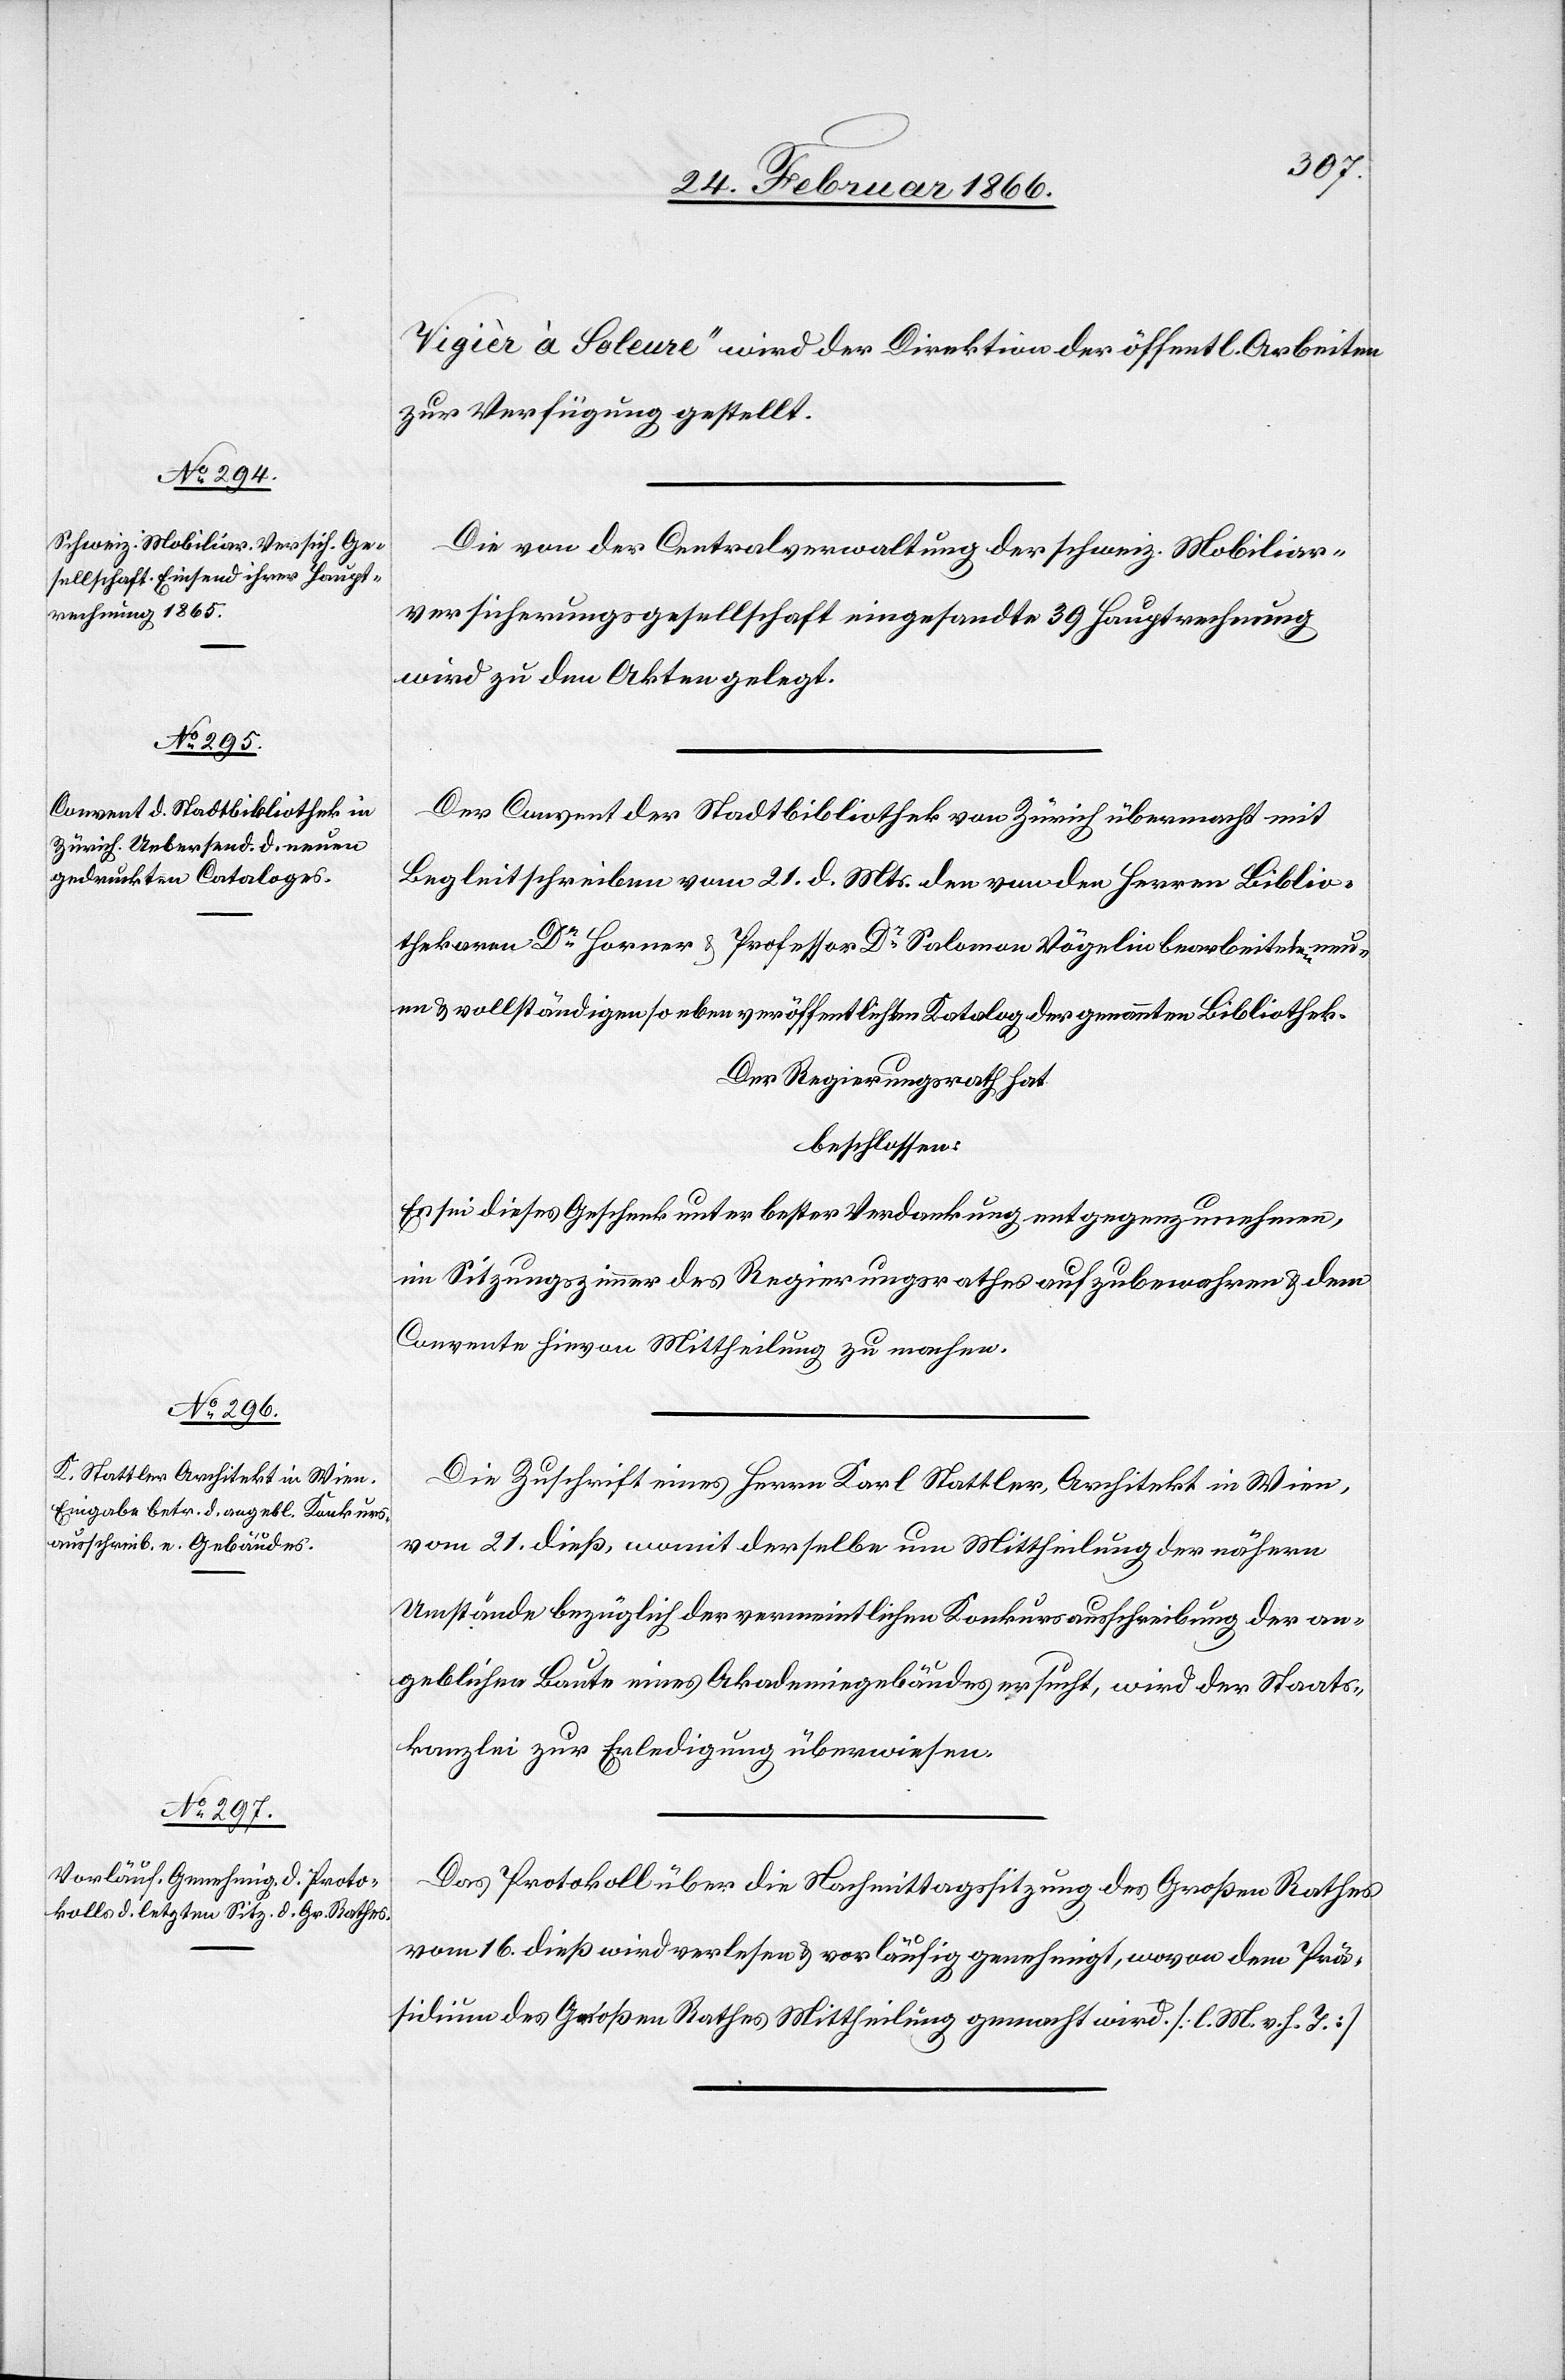
Vigièr à Soleure“ wird der Direktion der öffentl. Arbeiten
zur Verfügung gestellt.
Die von der Centralverwaltung der schweiz. Mobiliar¬
versicherungsgesellschaft eingesandte 39 Hauptrechnung
wird zu den Akten gelegt.
Der Convent der Stadtbibliothek von Zürich übermacht mit
Begleitschreiben vom 21. d. Mts. den von den Herren Biblio¬
thekaren Dr. Horner u. Professor Dr. Salomon Vögelin bearbeiteten neu¬
en u. vollständigen so eben veröffentlichten Katalog der genannten Bibliothek.
Der Regierungsrath hat,
beschlossen:
Es sei dieses Geschenk unter bester Verdankung entgegenzunehmen,
im Sitzungszimmer des Regierungsrathes aufzubewahren u. dem
Convente hievon Mittheilung zu machen.
Die Zuschrift eines Herrn Karl Stattler, Architekt in Wien,
vom 21. dieß, womit derselbe um Mittheilung der nähern
Umstände bezüglich der vermeintlichen Konkursausschreibung der an¬
geblichen Baute eines Akademiegebäudes ersucht, wird der Staats¬
kanzlei zur Erledigung überwiesen.
Das Protokoll über die Nachmittagssitzung des Großen Rathes
vom 16. dieß wird verlesen u. vorläufig genehmigt, wovon dem Prä¬
sidium des Großen Rathes Mittheilung gemacht wird. [l. M. v. h. T.]